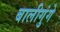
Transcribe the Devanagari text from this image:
बालीगुंगे